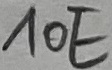
Text: 10E